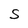
Character: S